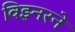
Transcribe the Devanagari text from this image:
विझ्नरने